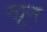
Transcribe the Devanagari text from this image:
खू़न